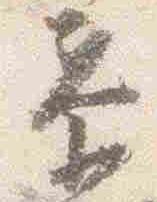
泰